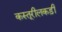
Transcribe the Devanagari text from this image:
कस्तूरीलकड़ी